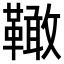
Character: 𩍉